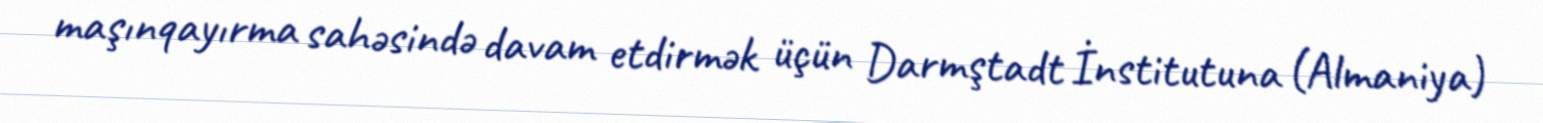
maşınqayırma sahəsində davam etdirmək üçün Darmştadt İnstitutuna (Almaniya)